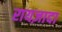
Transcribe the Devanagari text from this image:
रायज़ादा